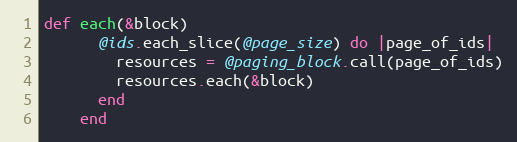
Language: Ruby
def each(&block)
      @ids.each_slice(@page_size) do |page_of_ids|
        resources = @paging_block.call(page_of_ids)
        resources.each(&block)
      end
    end